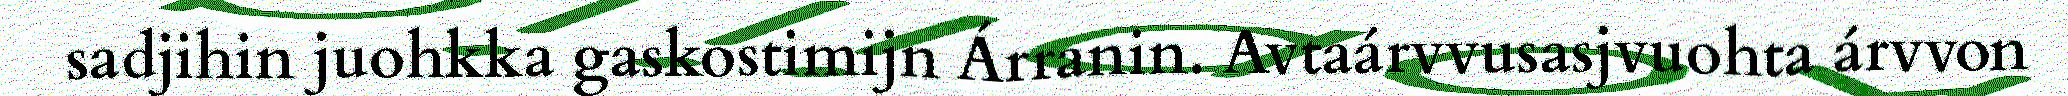
sadjihin juohkka gaskostimijn Árranin. Avtaárvvusasjvuohta árvvon